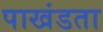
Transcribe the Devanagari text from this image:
पाखंडता